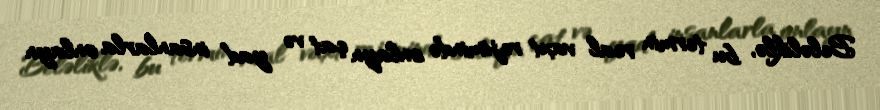
Beləliklə, bu termin real vaxt rejimində onlayn çat və yad insanlarla onlayn